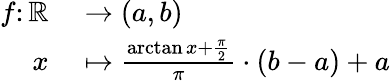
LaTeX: \begin{array}{rl}{f\colon\mathbb{R}}&{{}\to(a,b)}\\ {x}&{{}\mapsto{\frac{\arctan x+{\frac{\pi}{2}}}{\pi}}\cdot(b-a)+a}\end{array}